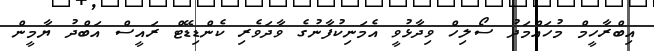
އިބްރާހީމް މުހައްމަދު ސޯލިހް ވިދާޅުވީ އެމަނިކުފާނުގެ ވާދަވެރި ކެންޑިޑޭޓް ރައީސް އަބްދު ޔާމީން